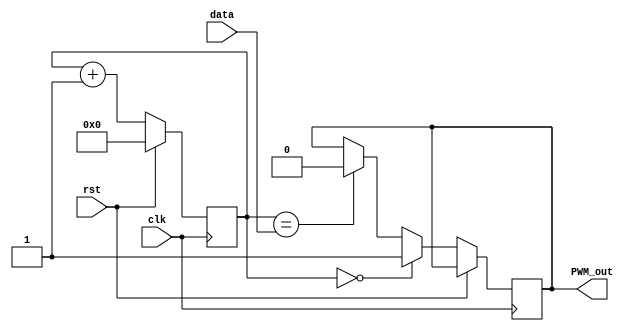
module PWM(clk, rst, data, PWM_out);
	input clk, rst;
	input [7:0] data;
	output reg PWM_out;

	reg [7:0] pulse_width = 8'b0;

	always @(posedge clk) begin
		if (rst) 
			pulse_width = 8'b0;

		else begin
			if (pulse_width == 8'b0) 
				PWM_out = 1'b1;
			else if (pulse_width == data)
				PWM_out = 1'b0;
			pulse_width = pulse_width + 1;
		end
	end
endmodule